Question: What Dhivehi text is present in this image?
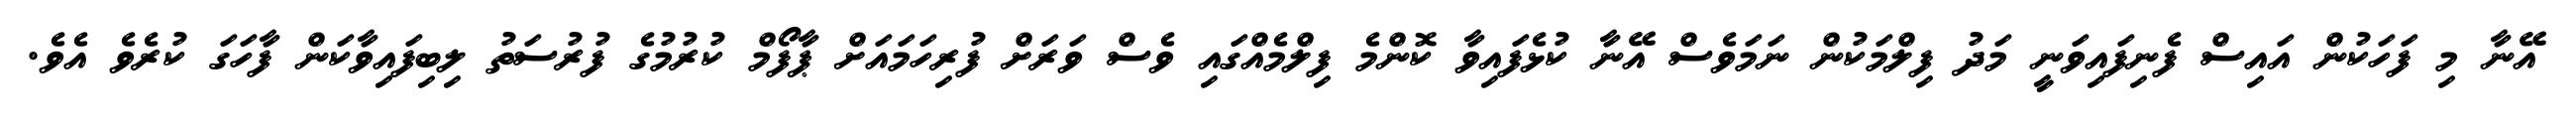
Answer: އޭނާ މި ފަހަކުން އައިސް ފެނިފައިވަނީ މަދު ފިލްމަކުން ނަމަވެސް އޭނާ ކުޅެފައިވާ ކޮންމެ ފިލްމެއްގައި ވެސް ވަރަށް ފުރިހަމައަށް ޕާފޯމް ކުރުމުގެ ފުރުސަތު ލިބިފައިވާކަން ފާހަގަ ކުރެވެ އެވެ.